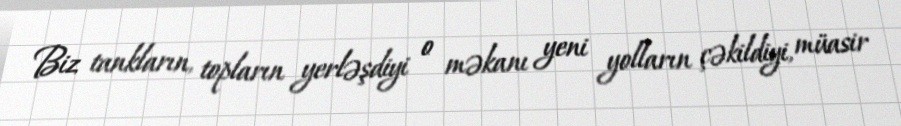
Biz tankların, topların yerləşdiyi o məkanı yeni yolların çəkildiyi, müasir